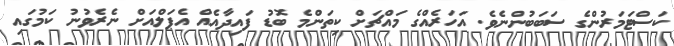
ކަސްޓަމަރުންގެ ސަބަބުންނެވެ. އަހަރެއްގެ މައްޗަށް ކިތަންމެ ބޮޑު ފައިދާއެއް އެޕަލްއަށް ނެރެވުނު ކަމުގައި